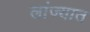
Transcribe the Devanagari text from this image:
लांज्यात